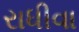
રાધીવા